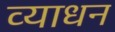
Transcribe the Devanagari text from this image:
व्याधन